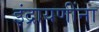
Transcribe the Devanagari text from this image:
इंद्रायणींना